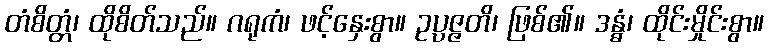
တံစိတ္တံ၊ ထိုစိတ်သည်။ ဂရုကံ၊ ဖင့်နှေးစွာ။ ဥပ္ပဇ္ဇတိ၊ ဖြစ်၏။ ဒန္ဓံ၊ ထိုင်းမှိုင်းစွာ။